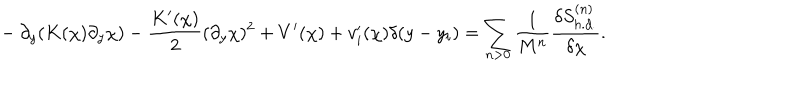
~ - \partial _ { y } ( K ( \chi ) \partial _ { y } \chi ) - \frac { K ^ { \prime } ( \chi ) } { 2 } ( \partial _ { y } \chi ) ^ { 2 } + V ^ { \prime } ( \chi ) + v _ { i } ^ { \prime } ( \chi ) \delta ( y - y _ { i } ) = \sum _ { n > 0 } \frac { 1 } { M ^ { n } } \frac { \delta S _ { h . d . } ^ { ( n ) } } { \delta \chi } .